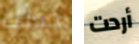
جدتك أردت